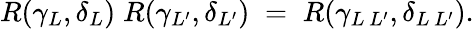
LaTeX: R(\gamma_{L},\delta_{L})\; R(\gamma_{L^{\prime}},\delta_{L^{\prime}})\; =\; R(\gamma_{L\, L^{\prime}},\delta_{L\, L^{\prime}}).